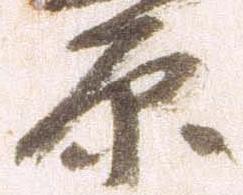
原